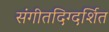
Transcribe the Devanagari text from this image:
संगीतदिग्दर्शित